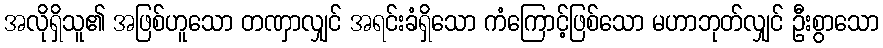
အလိုရှိသူ၏ အဖြစ်ဟူသော တဏှာလျှင် အရင်းခံရှိသော ကံကြောင့်ဖြစ်သော မဟာဘုတ်လျှင် ဦးစွာသော